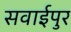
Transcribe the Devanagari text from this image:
सवाईपुर